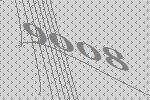
9008